Medical and sanitary report on the native army of Bombay for the year
Year: 1877
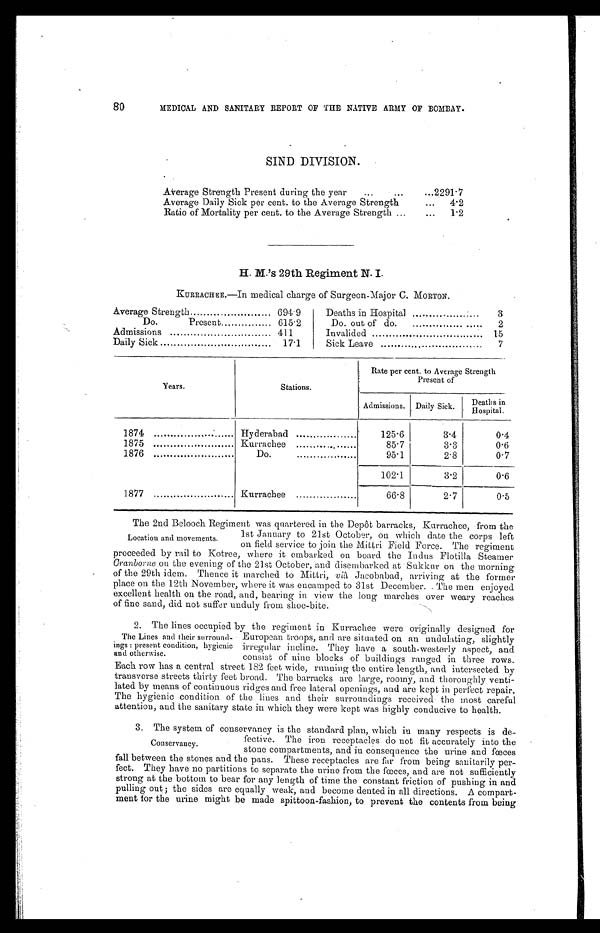
80
MEDICAL AND SANITARY REPORT OF THE NATIVE ARMY OF BOMBAY.
SIND DIVISION.
Average Strength Present during the year...
. . .
2291.7
Average Daily Sick per cent. to the Average Strength
...
4.2
Ratio of Mortality per cent. to the Average Strength ...
...
1.2
H. M.'s 29th Regiment N. I.
KURRACHEE.—In medical charge of Surgeon-Major C. MORTON.
Average Strength
694.9
Deaths in Hospital
3
Do.
Present
615.2
Do. out of do.
2
Admissions
411
Invalided
15
Daily Sick
17.1
Sick Leave
7
Years.
Stations.
Rate per cent. to Average Strength
Present of
Admissions. Daily Sick. Deaths i n
Hospital.
1874
Hyderabad
125.6
3.4
0.4
1875
Kurrachee
85.7
3.3
0.6
1876
Do.
95.1
2.8
0.7
102.1
3.2
0.6
1877
Kurrachee
66.8
2.7
0.5
Location and movements.
The 2nd Belooch Regiment was quartered in the Depôt barracks, Kurrachee, from the
1st January to 21st October, on which date the corps left
on field service to join the Mittri Field Force. The regiment
proceeded by rail to Kotree, where it embarked on board the Indus Flotilla Steamer
Cramborne on the evening of the 21st October, and disembarked at Sukkur on the morning
of the 29th idem. Thence it marched to Mittri, viâ Jacobabad, arriving at the former
place on the 12th November, where it was encamped to 31st December. The men enjoyed
excellent health on the road, and, bearing in view the long marches over weary reaches
of fine sand, did not suffer unduly from shoe-bite.
The Lines and their snrround-
ings : present condition, hygienic
and otherwise.
2. The lines occupied by the regiment in Kurrachee were originally designed for
European troops, and are situated on an undulating, slightly
irregular incline. They have a south-westerly aspect, and
consist of nine blocks of buildings ranged in three rows.
Each row has a central street 182 feet wide, running the entire length, and intersected by
transverse streets thirty feet broad. The barracks are large, roomy, and thoroughly venti-
lated by means of continuous ridges and free lateral openings, and are kept in perfect repair.
The hygienic condition of the lines and their surroundings received the most careful
attention, and the sanitary state in which they were kept was highly conducive to health.
Conservancy.
3. The system of conservancy is the standard plan, which in many respects is de-
fective. The iron receptacles do not fit accurately into the
stone compartments, and in consequence the urine and fœces
fall between the stones and the pans. These receptacles are far from being sanitarily per
-fect. They have no partitions to separate the urine from the fœces, and are not sufficiently
strong at the bottom to bear for any length of time the constant friction of pushing in and
pulling out; the sides are equally weak, and become dented in all directions. A compart-
ment for the urine might be made spittoon-fashion, to prevent the contents from being